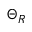
\Theta _ { R }